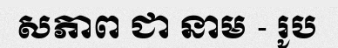
សភាព ជា នាម - រូប